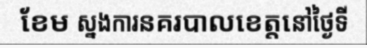
ខែម ស្នងការនគរបាលខេត្តនៅថ្ងៃទី